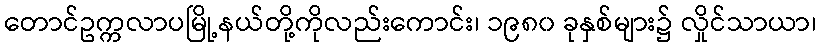
တောင်ဥက္ကလာပမြို့နယ်တို့ကိုလည်းကောင်း၊ ၁၉၈၀ ခုနှစ်များ၌ လှိုင်သာယာ၊